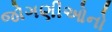
જોગણીઓનો